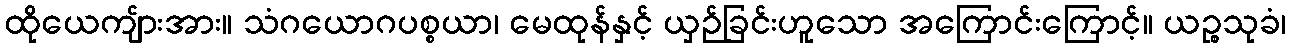
ထိုယေကျ်ားအား။ သံဂယောဂပစ္စယာ၊ မေထုန်နှင့် ယှဉ်ခြင်းဟူသော အကြောင်းကြောင့်။ ယဉ္စသုခံ၊